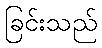
ခြင်းသည်